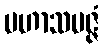
မဟာသမဇ္ဇံ